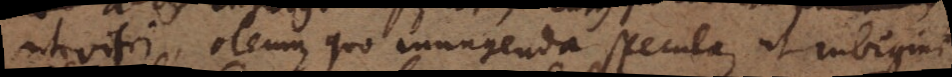
ut vitri oleum, quo inungenda specula, ut rubigini